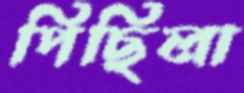
পিছিলা